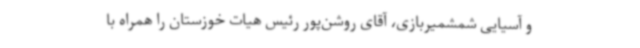
و آسیایی شمشمیربازی، آقای روشن‌پور رئیس هیات خوزستان را همراه با